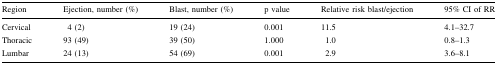
<table><thead><tr><td><b>Region</b></td><td><b>Ejection, number (%)</b></td><td><b>Blast, number (%)</b></td><td><b>p value</b></td><td><b>Relative risk blast/ejection</b></td><td><b>95% CI of RR</b></td></tr></thead><tbody><tr><td>Cervical</td><td>4 (2)</td><td>19 (24)</td><td>0.001</td><td>11.5</td><td>4.1–32.7</td></tr><tr><td>Thoracic</td><td>93 (49)</td><td>39 (50)</td><td>1.000</td><td>1.0</td><td>0.8–1.3</td></tr><tr><td>Lumbar</td><td>24 (13)</td><td>54 (69)</td><td>0.001</td><td>2.9</td><td>3.6–8.1</td></tr></tbody></table>